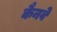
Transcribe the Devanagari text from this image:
कैनवे